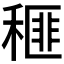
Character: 𥠶